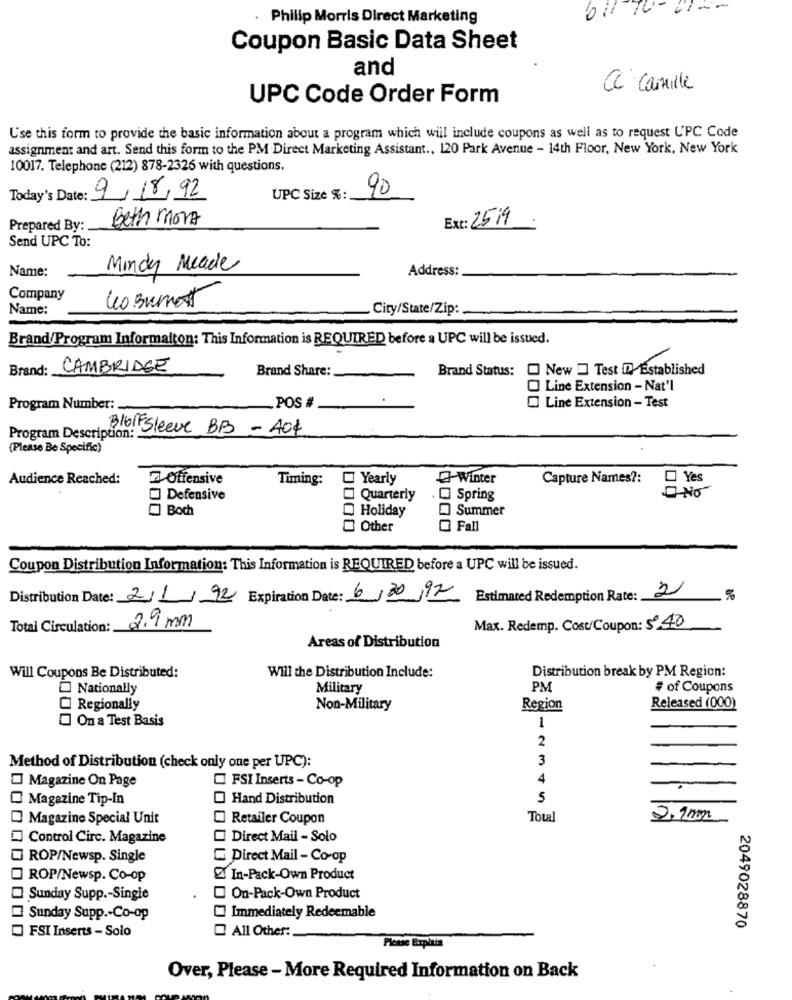
61/ 70-01 --
Philip Morris Direct Marketing
Coupon Basic Data Sheet
and
al Camille
UPC Code Order Form
Use this form to provide the basic information about a program which will include coupons as well as to request UPC Code
assignment and art. Send this form to the PM Direct Marketing Assistant ., 120 Park Avenue - 14th Floor, New York, New York
10017. Telephone (212) 878-2326 with questions.
Today's Date: 9/18/92
UPC Size %:
90
Beth More
Ext: 25-19
Prepared By:
Send UPC To:
Name:
Mindy Meade
Address:
Company
Leo Burnett
Name:
City/State/Zip:
Brand/Program Informaiton: This Information is REQUIRED before a UPC will be issued.
Brand: CAMBRIDGE
Brand Share:
Brand Status:
New - Test D Established
Line Extension - Nat'l
Program Number :.
.POS #
Line Extension - Test
316IFsleeve BB - 404
Program Description :.
(Please Be Specific)
Audience Reached:
z Offensive
Timing:
Yearly
Winter
Capture Names ?:
Yes
Defensive
Quarterly
. Spring
O NO
Bod
Summer
Holiday
Other
0000
O Fall
Coupon Distribution Information: This Information is REQUIRED before a UPC will be issued.
2
Distribution Date: 2/1/92 Expiration Date: 6/20/97
Estimated Redemption Rate:
%
Total Circulation:
2.9 mm
Max. Redemp. Cost/Coupon: 540
Areas of Distribution
Will the Distribution Include:
Distribution break by PM Region:
Will Coupons Be Distributed:
Nationally
Military
PM
# of Coupons
Released (000)
Regionally
Non-Military
Region
On a Test Basis
1
2
3
Method of Distribution (check only one per UPC):
Magazine On Page
FSI Inserts-Co-op
4
Magazine Tip-In
Hand Distribution
5
Magazine Special Unit
Retailer Coupon
Total
2,2mm
Control Circ. Magazine
Direct Mail - Solo
ROP/Newsp. Single
Direct Mail - Co-op
ROP/Newsp. Co-op
In-Pack-Own Product
Sunday Supp .- Single
On-Pack-Own Product
Sunday Supp .- Co-op
Immediately Redeemable
2049028870
All Other:
FSI Inserts - Solo
Over, Please - More Required Information on Back